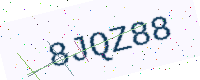
Text: 8JQZ88